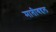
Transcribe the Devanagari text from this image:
मातीबद्दल